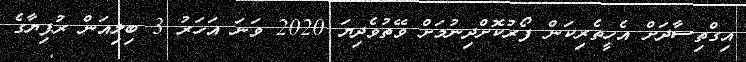
އިގްތިސާދަށް އެހީތެރިކަން ފޯރުކޮށްދިނުމަށް ވޭތުވެދިޔަ 2020 ވަނަ އަހަރު 3 ބިލިއަން ރުފިޔާގެ